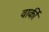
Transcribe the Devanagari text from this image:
वार्की